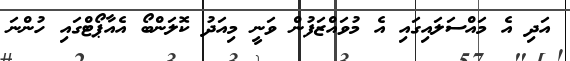
އަދި އެ މައްސަލައިގައި އެ މުވައްޒަފުން ވަނީ މިއަދު ކޮލަންބޯ އެއާޕޯޓްގައި ހުންނަ